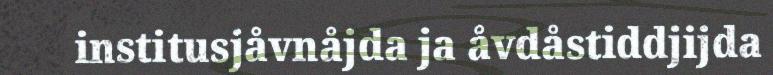
institusjåvnåjda ja åvdåstiddjijda